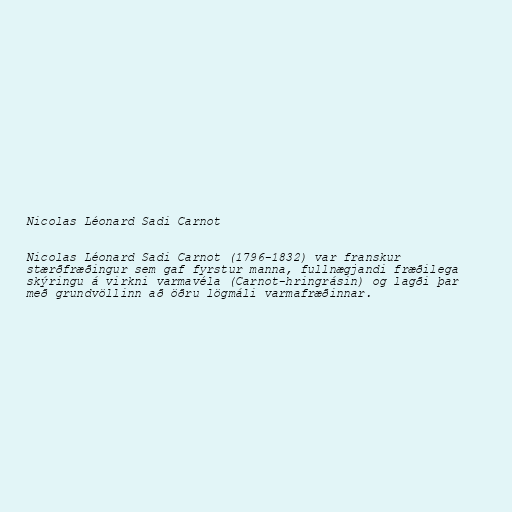
Nicolas Léonard Sadi Carnot

Nicolas Léonard Sadi Carnot (1796-1832) var franskur
stærðfræðingur sem gaf fyrstur manna, fullnægjandi fræðilega
skýringu á virkni varmavéla (Carnot-hringrásin) og lagði þar
með grundvöllinn að öðru lögmáli varmafræðinnar.